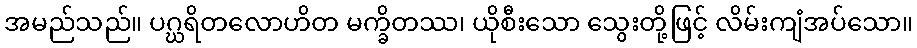
အမည်သည်။ ပဂ္ဃရိတလောဟိတ မက္ခိတဿ၊ ယိုစီးသော သွေးတို့ဖြင့် လိမ်းကျံအပ်သော။